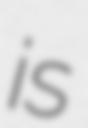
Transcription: is